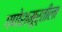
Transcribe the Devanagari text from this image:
गणेशमूर्तीला